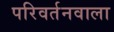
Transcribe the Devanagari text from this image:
परिवर्तनवाला